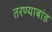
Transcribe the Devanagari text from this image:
तरण्याबांड